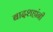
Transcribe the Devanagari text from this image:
बादशहांनी